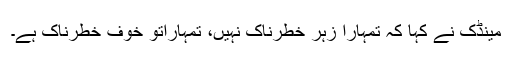
مینڈک نے کہا کہ تمہارا زہر خطرناک نہیں، تمہاراتو خوف خطرناک ہے۔